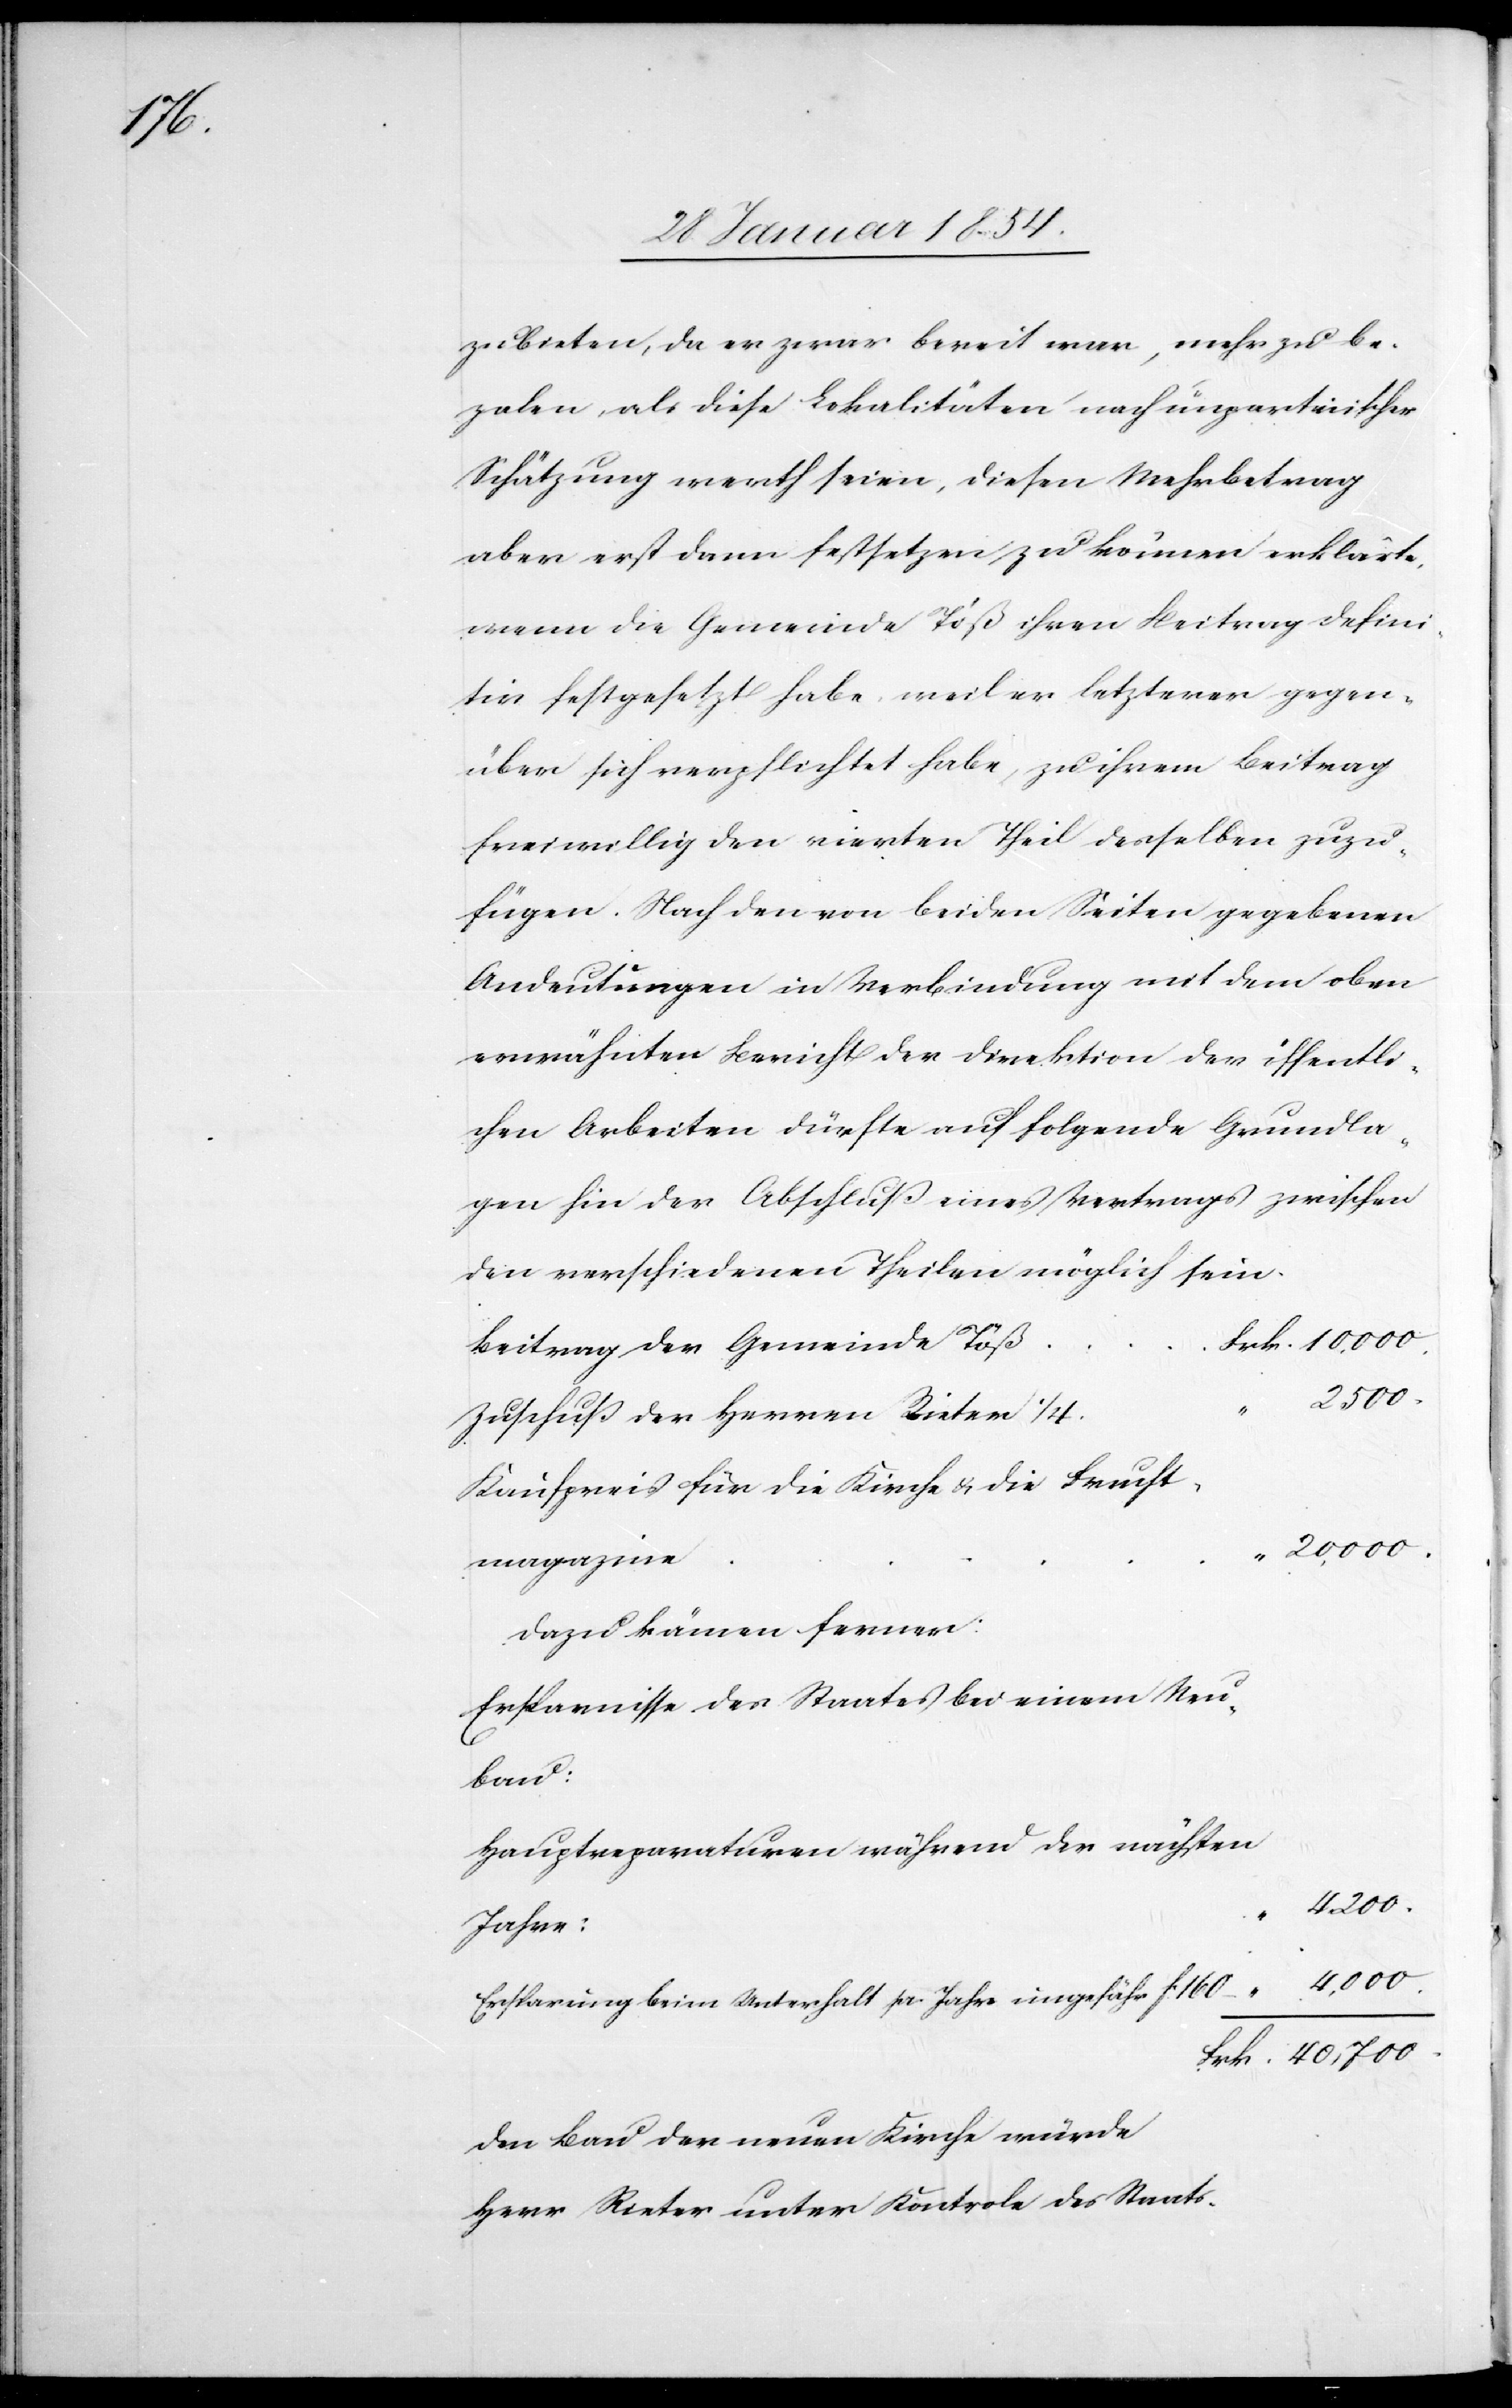
zubieten, da er zwar bereit war, mehr zu be¬
zalen als diese Lokalitäten nach unparteiischer
Schätzung werth seien, diesen Mehrbetrag
aber erst dann festsetzen zu können erklärt,
wenn die Gemeinde Töß ihren Beitrag defini¬
tiv festgesetzt habe, weil er letzterer gegen¬
über sich verpflichtet habe, zu ihrem Beitrag
freiwillig den vierten Theil derselben zuzu¬
fügen. Nach den von beiden Seiten gegebenen
Andeutungen in Verbindung mit dem oben
erwähnten Bericht der Direktion der öffentli¬
chen Arbeiten dürfte auf folgende Grundla¬
gen hin der Abschluß eines Vertrages zwischen
den verschiedenen Theilen möglich sein.
Beitrag der Gemeinde Töß
Zuschuß der Herren Rieter ¼
Kaufpreis für die Kirche u. die Frucht¬
20 000.
magazine
Dazu kämen ferner:
Ersparnisse des Staates bei einem Neu¬
bau:
Hauptreparaturen während der nächsten
40 700.
„
Jahre:
4000.
Ersparung beim Unterhalt je Jahr ungefähr Fc 160
Den Bau der neuen Kirche würde
Herr Rieter unter Kontrolle des Staats-